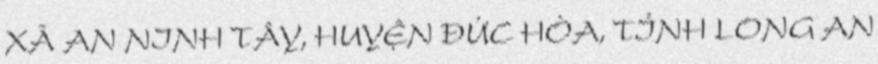
XÃ AN NINH TÂY, HUYỆN ĐỨC HÒA, TỈNH LONG AN